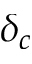
\delta _ { c }